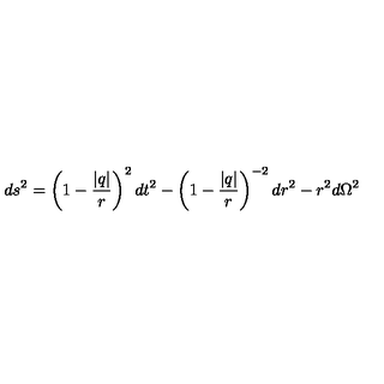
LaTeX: d s ^ { 2 } = \left( 1 - \frac { | q | } { r } \right) ^ { 2 } d t ^ { 2 } - \left( 1 - \frac { | q | } { r } \right) ^ { - 2 } d r ^ { 2 } - r ^ { 2 } d \Omega ^ { 2 }